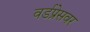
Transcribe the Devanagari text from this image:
वर्डप्रेसवर